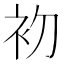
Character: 𭃨